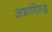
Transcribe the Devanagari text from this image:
अशांविरुद्ध